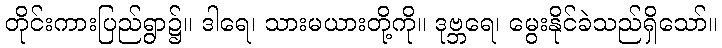
တိုင်းကားပြည်ရွာ၌။ ဒါရေ၊ သားမယားတို့ကို။ ဒုဗ္ဘရေ၊ မွေးနိုင်ခဲသည်ရှိသော်။